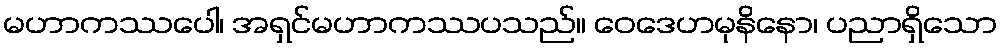
မဟာကဿပေါ၊ အရှင်မဟာကဿပသည်။ ဝေဒေဟမုနိနော၊ ပညာရှိသော